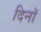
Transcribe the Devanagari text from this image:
दिनॉ